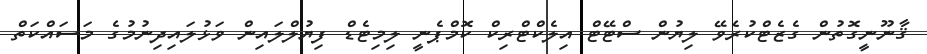
ޤާނޫނީގޮތުން ގެޒެޓްކުރެވޭ ލިޔުން ސްޓޭޓް އިލެކްޓްރިކް ކޮމްޕެނީ ލިމިޓެޑް ފިޔުލްލައިން ވަޅުލައިދިނުމުގެ މަސައްކަތް